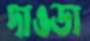
দাওডা